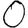
Digit: 0